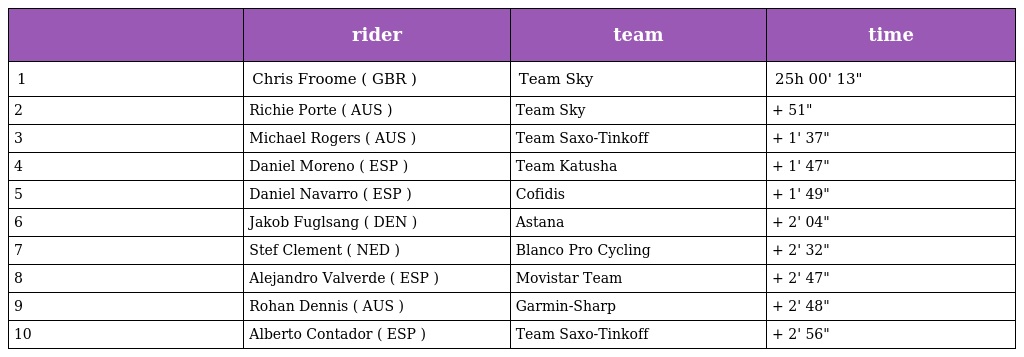
|  | rider | team | time |
 | --- | --- | --- | --- |
 | 1 | Chris Froome ( GBR ) | Team Sky | 25h 00' 13" |
 | 2 | Richie Porte ( AUS ) | Team Sky | + 51" |
 | 3 | Michael Rogers ( AUS ) | Team Saxo-Tinkoff | + 1' 37" |
 | 4 | Daniel Moreno ( ESP ) | Team Katusha | + 1' 47" |
 | 5 | Daniel Navarro ( ESP ) | Cofidis | + 1' 49" |
 | 6 | Jakob Fuglsang ( DEN ) | Astana | + 2' 04" |
 | 7 | Stef Clement ( NED ) | Blanco Pro Cycling | + 2' 32" |
 | 8 | Alejandro Valverde ( ESP ) | Movistar Team | + 2' 47" |
 | 9 | Rohan Dennis ( AUS ) | Garmin-Sharp | + 2' 48" |
 | 10 | Alberto Contador ( ESP ) | Team Saxo-Tinkoff | + 2' 56" |